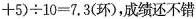
+ 5 ) \div 1 0 = 7 . 3（环）成绩还不错